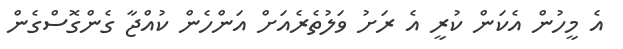
އެ މީހުން އެކަން ކުރީ އެ ރަށު ވަލުތެރެއަށް އަންހެން ކުއްޖާ ގެންގޮސްގެން